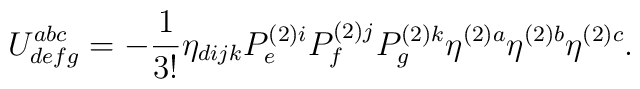
U_{defg}^{abc}=-\frac{1}{3!}\eta_{dijk}P_{e}^{(2)i}P_{f}^{(2)j}P_{g}^{(2)k}\eta ^{(2)a}\eta ^{(2)b}\eta^{(2)c}.